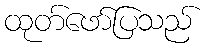
ထုတ်ဖော်ပြသည်